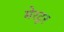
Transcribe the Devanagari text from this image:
मेरटूर